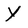
Character: Y